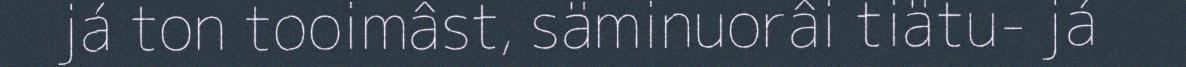
já ton tooimâst, säminuorâi tiätu- já